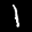
Label: 1